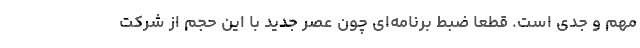
مهم و جدی است. قطعا ضبط برنامه‌ای چون عصر جدید با این حجم از شرکت